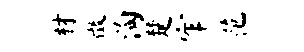
材徵淘楚窄范